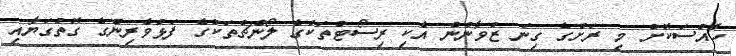
ހާއްސަކޮށް މި ރަށުގެ ގިނަ ޒުވާނުން އެކި ރިސޯޓްތަކުގެ ލޯންޗްތަކުގެ ފަޅުވެރިންގެ ގޮތުގަޔާއި